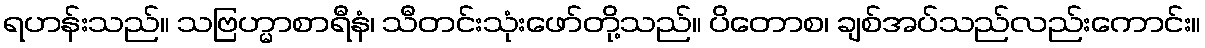
ရဟန်းသည်။ သဗြဟ္မာစာရီနံ၊ သီတင်းသုံးဖော်တို့သည်။ ပိတောစ၊ ချစ်အပ်သည်လည်းကောင်း။